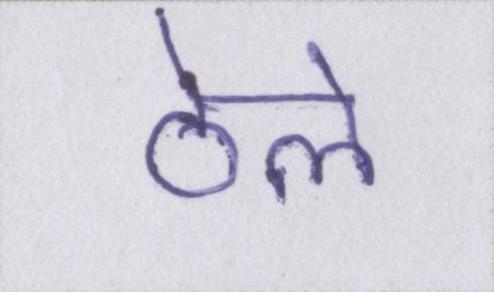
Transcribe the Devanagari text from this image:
ठेले